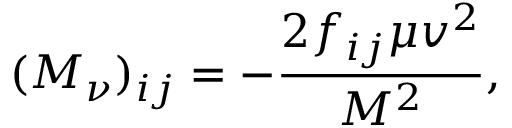
( { \cal M } _ { \nu } ) _ { i j } = - { \frac { 2 f _ { i j } \mu v ^ { 2 } } { M ^ { 2 } } } ,